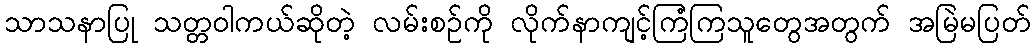
သာသနာပြု သတ္တဝါကယ်ဆိုတဲ့ လမ်းစဉ်ကို လိုက်နာကျင့်ကြံကြသူတွေအတွက် အမြဲမပြတ်